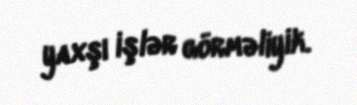
yaxşı işlər görməliyik.